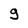
Character: 9